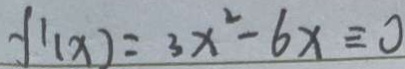
f ^ { \prime } ( x ) = 3 x ^ { 2 } - 6 x \equiv 0